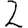
Digit: 2